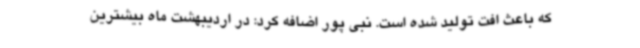
که باعث افت تولید شده است. نبی پور اضافه کرد: در اردیبهشت ماه بیشترین